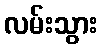
လမ်းသွား